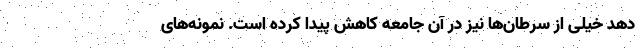
دهد خیلی از سرطان‌ها نیز در آن جامعه کاهش پیدا کرده است. نمونه‌های